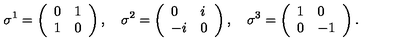
\sigma ^ { 1 } = \left( \begin{array} { l l } { 0 } & { 1 } \\ { 1 } & { 0 } \\ \end{array} \right) , \quad \sigma ^ { 2 } = \left( \begin{array} { l l } { 0 } & { i } \\ { - i } & { 0 } \\ \end{array} \right) , \quad \sigma ^ { 3 } = \left( \begin{array} { l l } { 1 } & { 0 } \\ { 0 } & { - 1 } \\ \end{array} \right) .